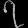
Digit: ၇